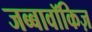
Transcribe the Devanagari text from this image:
जब्बावॉकिज़